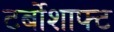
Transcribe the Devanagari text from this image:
टर्बोशाफ्ट